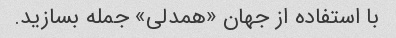
با استفاده از جهان «همدلی» جمله بسازید.